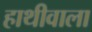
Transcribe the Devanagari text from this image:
हाथीवाला